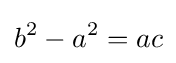
b^{2}-a^{2}=ac